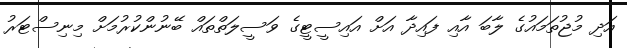
އަދި މުޖުތަމައުގެ ލާބަ އާއި ފައިދާ އަށް އައިސީޓީގެ ވަސީލަތްތައް ބޭނުންކުރުމަށް މިނިސްޓަރު